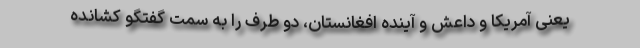
یعنی آمریکا و داعش و آینده افغانستان، دو طرف را به سمت گفتگو کشانده